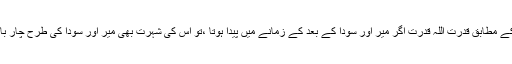
ڈاکٹر جمیل جالبی کے مطابق قدرت اللہ قدرت اگر میر اور سودا کے بعد کے زمانے میں پیدا ہوتا ،تو اس کی شہرت بھی میر اور سودا کی طرح چار بانگ عالم میں ہوتی ۔